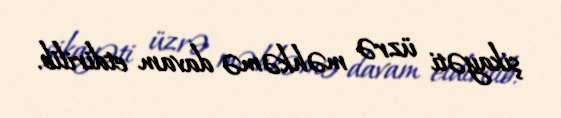
şikayəti üzrə məhkəmə davam etdirilib.